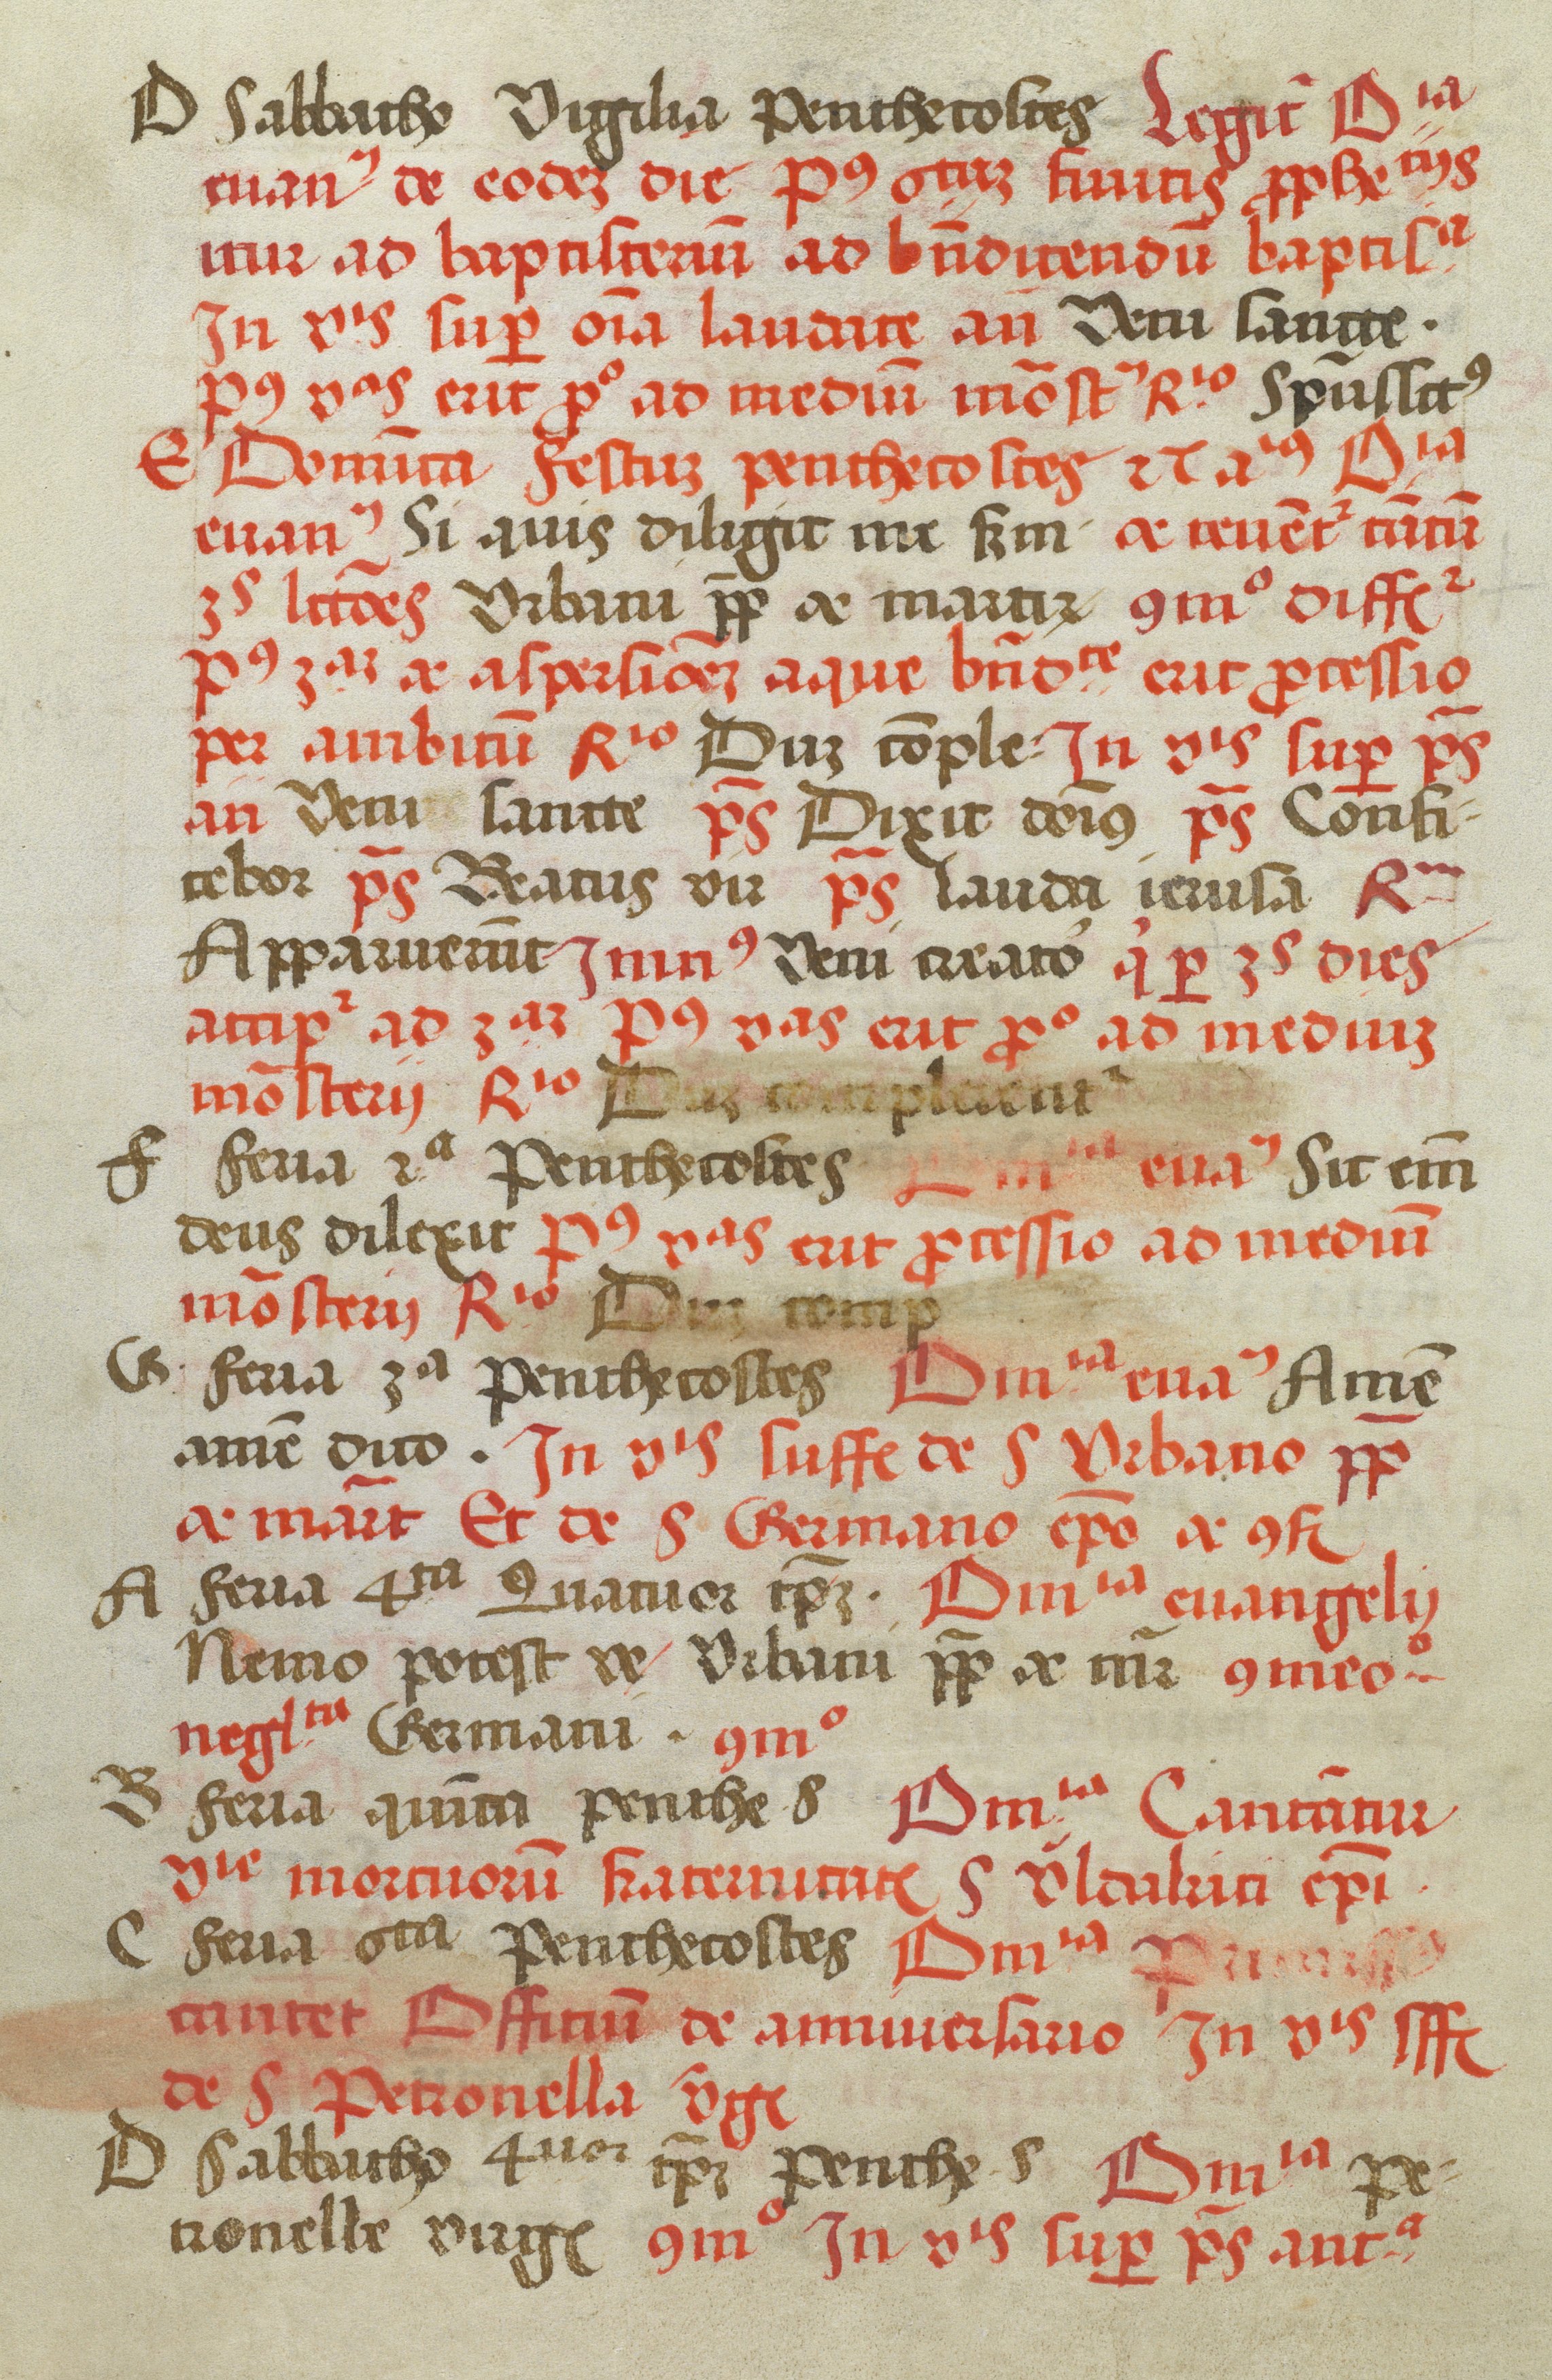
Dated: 1505–1535